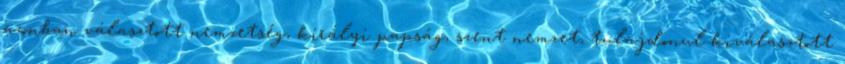
azonban választott nemzetség, királyi papság, szent nemzet, tulajdonul kiválasztott